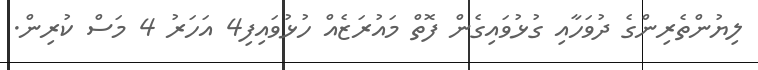
ލިޔުންތެރިންގެ ދުވަހާއި ގުޅުވައިގެން ފޮތް މައުރަޒެއް ހުޅުވައިފި4 އަހަރު 4 މަސް ކުރިން.